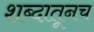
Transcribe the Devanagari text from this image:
शब्दातूनच